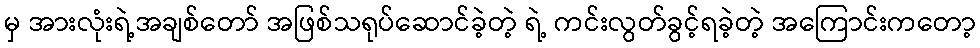
မှ အားလုံးရဲ့အချစ်တော် အဖြစ်သရုပ်ဆောင်ခဲ့တဲ့ ရဲ့ ကင်းလွတ်ခွင့်ရခဲ့တဲ့ အကြောင်းကတော့